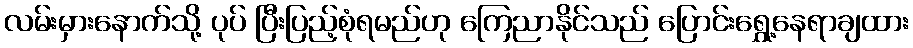
လမ်းမှားနောက်သို့ ပုပ် ပြီးပြည့်စုံရမည်ဟု ကြေညာနိုင်သည် ပြောင်းရွှေ့နေရာချထား